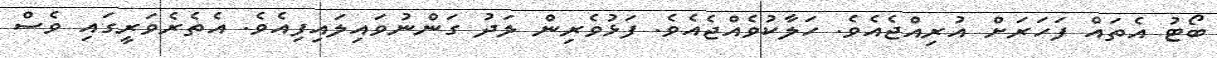
ބޯޓު އެތައް ފަހަރަށް އުރިއްޖެއެވެ. ހަލާކުވެއްޖެއެވެ. ފަޅުވެރިން ލަދު ގަންނުވައިލައިފިއެވެ. އެެތެރެވަރީގައި ވެސް